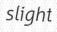
slight